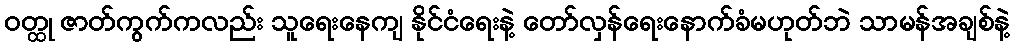
ဝတ္ထု ဇာတ်ကွက်ကလည်း သူရေးနေကျ နိုင်ငံရေးနဲ့ တော်လှန်ရေးနောက်ခံမဟုတ်ဘဲ သာမန်အချစ်နဲ့